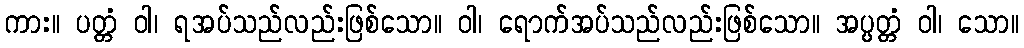
ကား။ ပတ္တံ ဝါ၊ ရအပ်သည်လည်းဖြစ်သော။ ဝါ၊ ရောက်အပ်သည်လည်းဖြစ်သော။ အပ္ပတ္တံ ဝါ၊ သော။